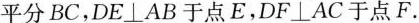
平分BC，DE\perp AB于点E，DF\perp AC于点F。